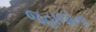
જહાજોના